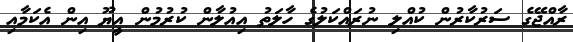
ރާއްޖޭގެ ސަރުކާރުން ކުއްލި ނުރައްކަލުގެ ހާލަތު އިއުލާން ކުރުމުން އީޔޫ އިން އެކަމާއި